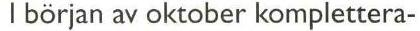
I början av oktober komplettera-